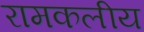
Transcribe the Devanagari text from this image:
रामकलीय